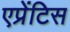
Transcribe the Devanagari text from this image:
एप्रेंटिस